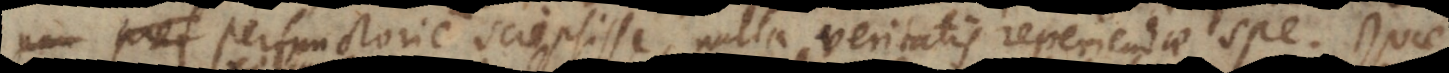
perfunctorie scripsisse, nulla veritatis reperiendae spe. Quae